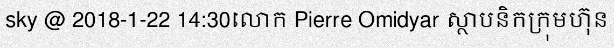
sky @ 2018-1-22 14:30លោក Pierre Omidyar ស្ថាបនិកក្រុមហ៊ុន